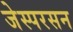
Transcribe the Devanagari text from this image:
जेस्परसन